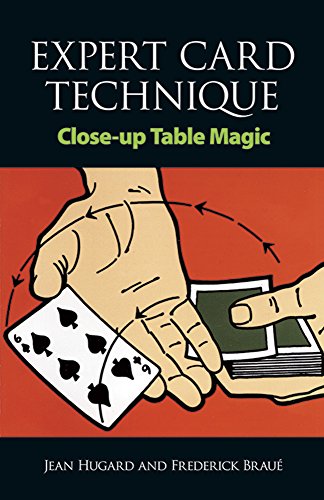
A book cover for Expert Card Technique: Close-Up Table Magic; Jean Hugard; Humor & Entertainment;